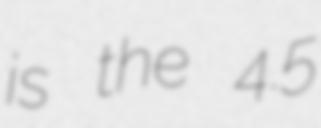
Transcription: is the 4.5